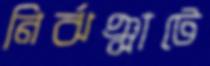
নির্ঝঞ্ঝাটে